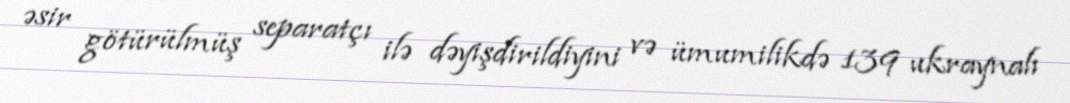
əsir götürülmüş separatçı ilə dəyişdirildiyini və ümumilikdə 139 ukraynalı